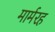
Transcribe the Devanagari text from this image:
मार्मरह